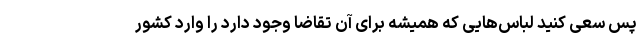
پس سعی کنید لباس‌هایی که همیشه برای آن تقاضا وجود دارد را وارد کشور